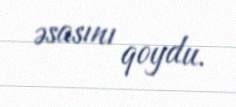
əsasını qoydu.